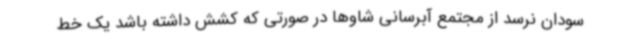
سودان نرسد از مجتمع آبرسانی شاوها در صورتی که کشش داشته باشد یک خط